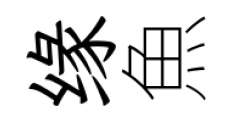
缘魚